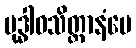
မုဒ္ဓါဝသိတ္တာနံပေ